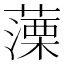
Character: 𦽼